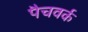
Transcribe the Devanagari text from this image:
पैचवर्क